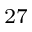
^ { 2 7 }